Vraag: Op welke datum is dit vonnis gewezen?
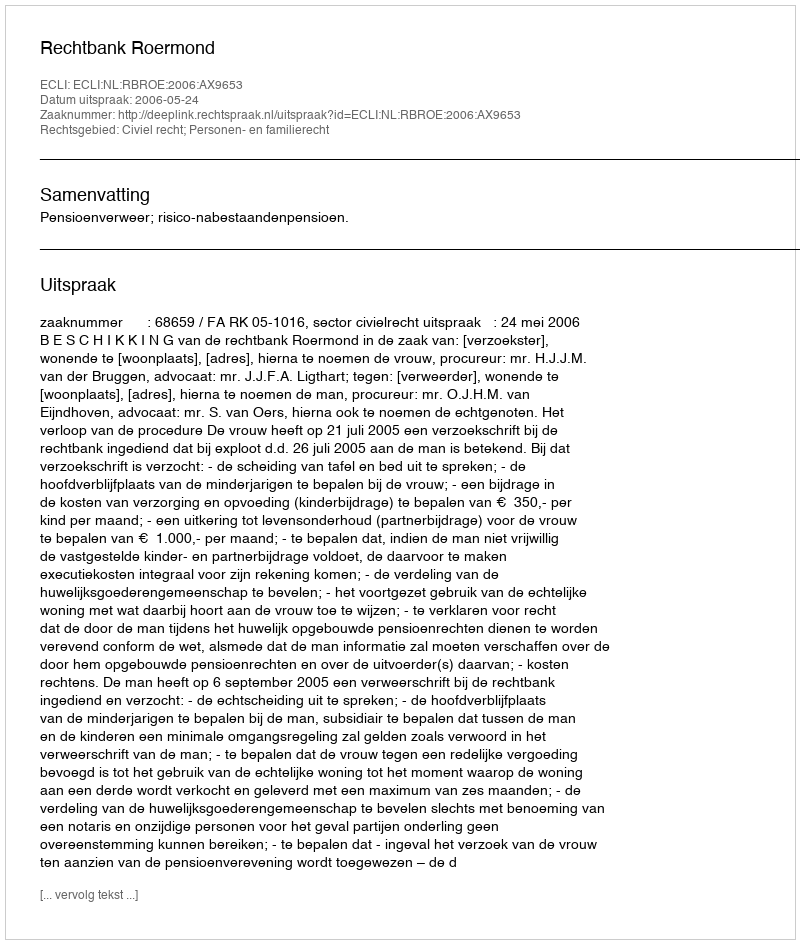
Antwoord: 2006-05-24